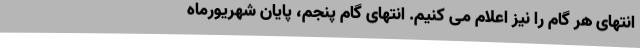
انتهای هر گام را نیز اعلام می کنیم. انتهای گام پنجم، پایان شهریورماه